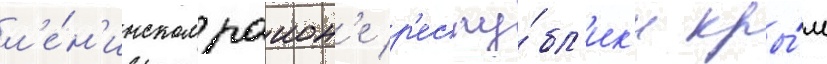
л'е́н'инском раион'е р'еспу́бл'ик'и кры́м